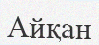
Айқан